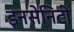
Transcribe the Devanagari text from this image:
इनसेनिटी